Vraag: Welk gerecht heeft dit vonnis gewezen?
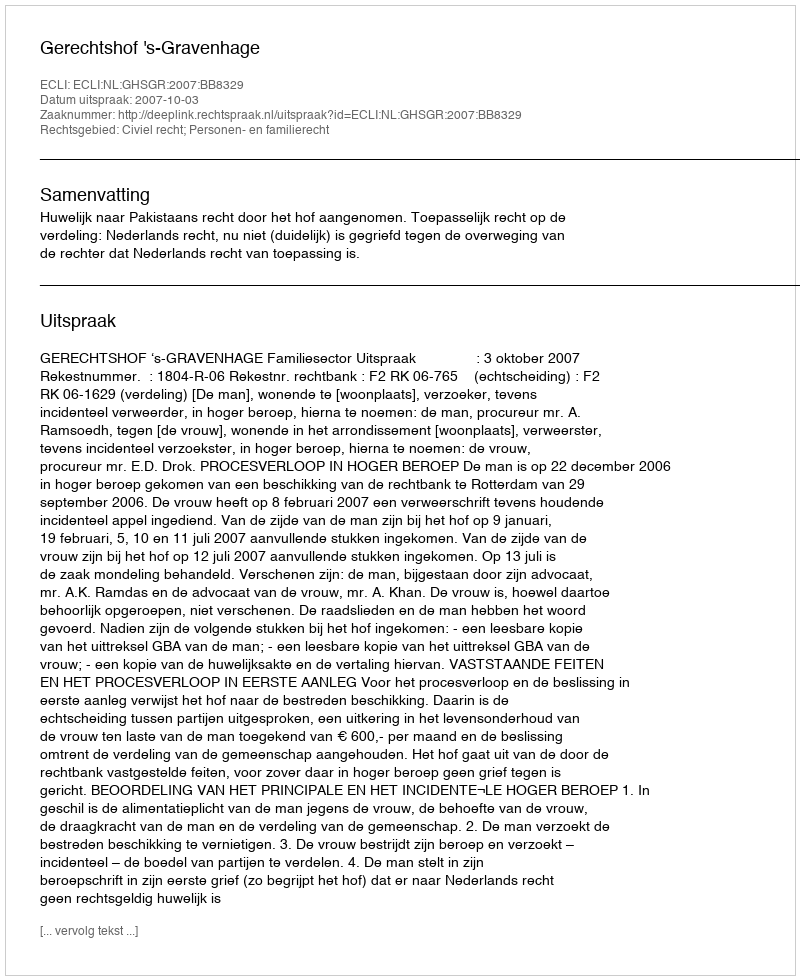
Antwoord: Gerechtshof 's-Gravenhage